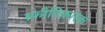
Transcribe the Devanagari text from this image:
स्फीतिकारक